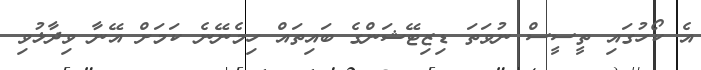
އެ ކޯހުގައި ތީސީސް ނުވަތަ ޑިޒިޓޭޝަންގެ ބައިތައް ހިމެނޭނެ ކަމަށް އޭނާ ވިދާޅުވި